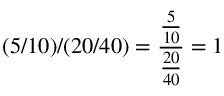
\quad ( 5 / 1 0 ) / ( 2 0 / 4 0 ) = { \frac { \frac { 5 } { 1 0 } } { \frac { 2 0 } { 4 0 } } } = 1